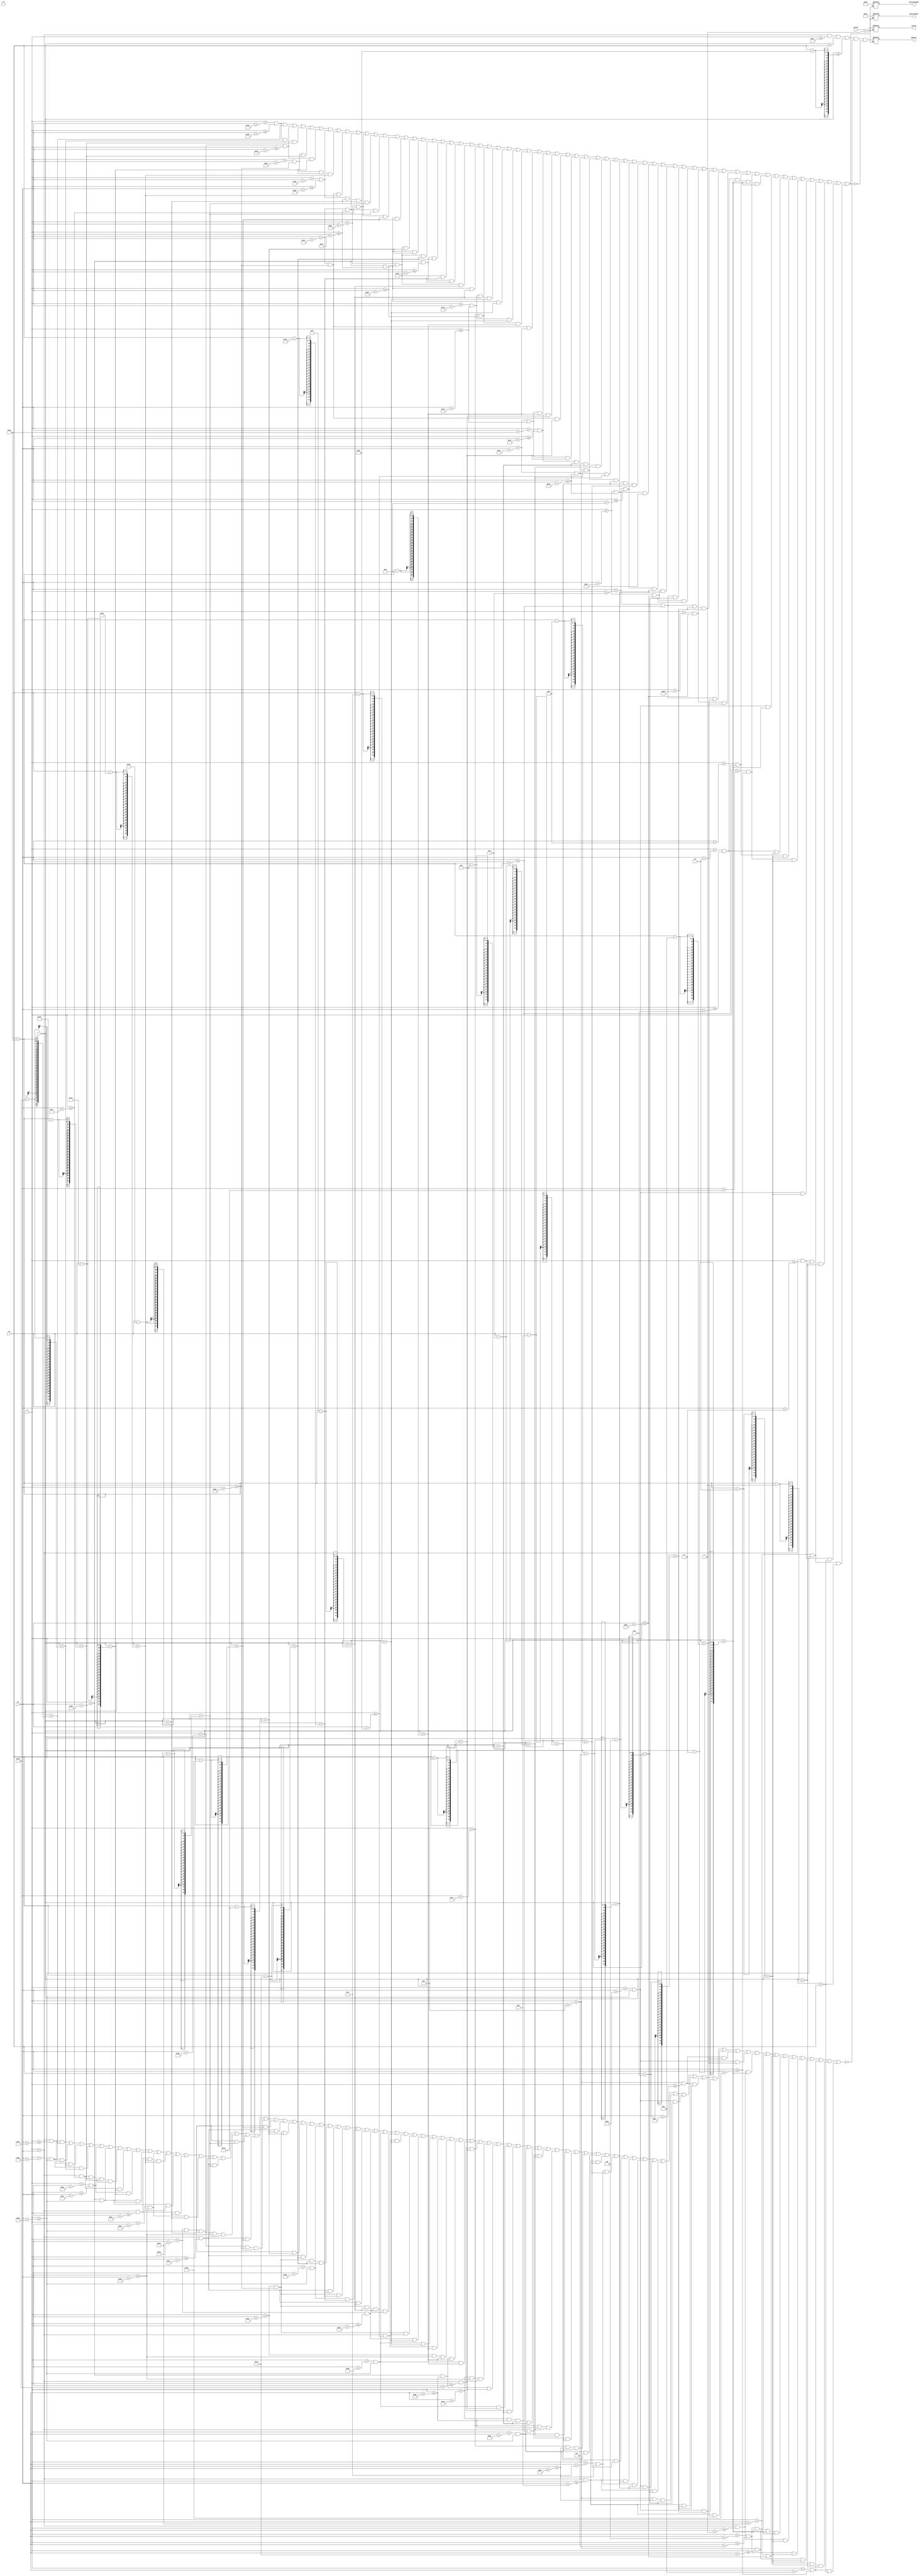
// AutoGenerate.py Version 1.1
// The following content is auto generated by AutoGenerate.py
// Written by Zijian Zhao
// github.com/JackZhao98


//	Selector Summary
//	4'b0001	: Cloud


module drawDecor#(parameter ratio = 1)
	(
	    input  wire        rst,
	    input  wire [10:0] ox,      // Object Origin
	    input  wire [8:0]  oy,
	    input  wire [9:0]  X,        // VGA Scanner
	    input  wire [8:0]  Y,
	    input  wire [3:0]  select,	// Select Pattern
	    output reg  [7:0]  objectWidth,
	    output reg  [6:0]  objectHeight,
	    output reg 	       inWhite,
	    output reg 	       inGrey);
		
localparam px = ratio;


// Auto Generated: Decor/Cloud
localparam CloudWidth = 92 * px;
localparam CloudHeight = 27 * px;
wire inHitBox_Cloud;
wire inGrey_Cloud;
wire inBlank_Cloud;
wire inWhite_Cloud;

assign inHitBox_Cloud = (X > ox) && (X <= CloudWidth * px) && (Y < oy) && (Y >= oy - CloudHeight * px);

assign inBlank_Cloud = 
	   ((X > ox) && (X <= ox + 49 * px) && (Y == oy - 26 * px))
	|| ((X > ox + 58 * px) && (X <= ox + 91 * px) && (Y == oy - 26 * px))
	|| ((X > ox) && (X <= ox + 49 * px) && (Y == oy - 25 * px))
	|| ((X > ox + 58 * px) && (X <= ox + 91 * px) && (Y == oy - 25 * px))
	|| ((X > ox) && (X <= ox + 39 * px) && (Y == oy - 24 * px))
	|| ((X > ox + 52 * px) && (X <= ox + 55 * px) && (Y == oy - 24 * px))
	|| ((X > ox + 62 * px) && (X <= ox + 91 * px) && (Y == oy - 24 * px))
	|| ((X > ox) && (X <= ox + 39 * px) && (Y == oy - 23 * px))
	|| ((X > ox + 52 * px) && (X <= ox + 55 * px) && (Y == oy - 23 * px))
	|| ((X > ox + 62 * px) && (X <= ox + 91 * px) && (Y == oy - 23 * px))
	|| ((X > ox) && (X <= ox + 37 * px) && (Y == oy - 22 * px))
	|| ((X > ox + 42 * px) && (X <= ox + 59 * px) && (Y == oy - 22 * px))
	|| ((X > ox + 62 * px) && (X <= ox + 91 * px) && (Y == oy - 22 * px))
	|| ((X > ox) && (X <= ox + 37 * px) && (Y == oy - 21 * px))
	|| ((X > ox + 42 * px) && (X <= ox + 59 * px) && (Y == oy - 21 * px))
	|| ((X > ox + 64 * px) && (X <= ox + 91 * px) && (Y == oy - 21 * px))
	|| ((X > ox) && (X <= ox + 33 * px) && (Y == oy - 20 * px))
	|| ((X > ox + 40 * px) && (X <= ox + 59 * px) && (Y == oy - 20 * px))
	|| ((X > ox + 64 * px) && (X <= ox + 91 * px) && (Y == oy - 20 * px))
	|| ((X > ox) && (X <= ox + 33 * px) && (Y == oy - 19 * px))
	|| ((X > ox + 40 * px) && (X <= ox + 61 * px) && (Y == oy - 19 * px))
	|| ((X > ox + 64 * px) && (X <= ox + 91 * px) && (Y == oy - 19 * px))
	|| ((X > ox) && (X <= ox + 33 * px) && (Y == oy - 18 * px))
	|| ((X > ox + 36 * px) && (X <= ox + 61 * px) && (Y == oy - 18 * px))
	|| ((X > ox + 64 * px) && (X <= ox + 91 * px) && (Y == oy - 18 * px))
	|| ((X > ox) && (X <= ox + 33 * px) && (Y == oy - 17 * px))
	|| ((X > ox + 36 * px) && (X <= ox + 61 * px) && (Y == oy - 17 * px))
	|| ((X > ox + 70 * px) && (X <= ox + 91 * px) && (Y == oy - 17 * px))
	|| ((X > ox) && (X <= ox + 33 * px) && (Y == oy - 16 * px))
	|| ((X > ox + 36 * px) && (X <= ox + 61 * px) && (Y == oy - 16 * px))
	|| ((X > ox + 70 * px) && (X <= ox + 91 * px) && (Y == oy - 16 * px))
	|| ((X > ox) && (X <= ox + 33 * px) && (Y == oy - 15 * px))
	|| ((X > ox + 36 * px) && (X <= ox + 61 * px) && (Y == oy - 15 * px))
	|| ((X > ox + 64 * px) && (X <= ox + 67 * px) && (Y == oy - 15 * px))
	|| ((X > ox + 80 * px) && (X <= ox + 91 * px) && (Y == oy - 15 * px))
	|| ((X > ox) && (X <= ox + 27 * px) && (Y == oy - 14 * px))
	|| ((X > ox + 36 * px) && (X <= ox + 61 * px) && (Y == oy - 14 * px))
	|| ((X > ox + 64 * px) && (X <= ox + 67 * px) && (Y == oy - 14 * px))
	|| ((X > ox + 80 * px) && (X <= ox + 91 * px) && (Y == oy - 14 * px))
	|| ((X > ox) && (X <= ox + 27 * px) && (Y == oy - 13 * px))
	|| ((X > ox + 36 * px) && (X <= ox + 59 * px) && (Y == oy - 13 * px))
	|| ((X > ox + 62 * px) && (X <= ox + 77 * px) && (Y == oy - 13 * px))
	|| ((X > ox + 80 * px) && (X <= ox + 91 * px) && (Y == oy - 13 * px))
	|| ((X > ox) && (X <= ox + 25 * px) && (Y == oy - 12 * px))
	|| ((X > ox + 30 * px) && (X <= ox + 59 * px) && (Y == oy - 12 * px))
	|| ((X > ox + 62 * px) && (X <= ox + 77 * px) && (Y == oy - 12 * px))
	|| ((X > ox + 80 * px) && (X <= ox + 91 * px) && (Y == oy - 12 * px))
	|| ((X > ox) && (X <= ox + 25 * px) && (Y == oy - 11 * px))
	|| ((X > ox + 30 * px) && (X <= ox + 77 * px) && (Y == oy - 11 * px))
	|| ((X > ox + 86 * px) && (X <= ox + 91 * px) && (Y == oy - 11 * px))
	|| ((X > ox) && (X <= ox + 11 * px) && (Y == oy - 10 * px))
	|| ((X > ox + 28 * px) && (X <= ox + 77 * px) && (Y == oy - 10 * px))
	|| ((X > ox + 86 * px) && (X <= ox + 91 * px) && (Y == oy - 10 * px))
	|| ((X > ox) && (X <= ox + 11 * px) && (Y == oy - 9 * px))
	|| ((X > ox + 28 * px) && (X <= ox + 83 * px) && (Y == oy - 9 * px))
	|| ((X > ox + 86 * px) && (X <= ox + 91 * px) && (Y == oy - 9 * px))
	|| ((X > ox) && (X <= ox + 9 * px) && (Y == oy - 8 * px))
	|| ((X > ox + 14 * px) && (X <= ox + 83 * px) && (Y == oy - 8 * px))
	|| ((X > ox + 86 * px) && (X <= ox + 91 * px) && (Y == oy - 8 * px))
	|| ((X > ox) && (X <= ox + 9 * px) && (Y == oy - 7 * px))
	|| ((X > ox + 14 * px) && (X <= ox + 83 * px) && (Y == oy - 7 * px))
	|| ((X > ox + 90 * px) && (X <= ox + 91 * px) && (Y == oy - 7 * px))
	|| ((X > ox) && (X <= ox + 9 * px) && (Y == oy - 6 * px))
	|| ((X > ox + 12 * px) && (X <= ox + 83 * px) && (Y == oy - 6 * px))
	|| ((X > ox + 90 * px) && (X <= ox + 91 * px) && (Y == oy - 6 * px))
	|| ((X > ox) && (X <= ox + 9 * px) && (Y == oy - 5 * px))
	|| ((X > ox + 12 * px) && (X <= ox + 87 * px) && (Y == oy - 5 * px))
	|| ((X > ox + 90 * px) && (X <= ox + 91 * px) && (Y == oy - 5 * px))
	|| ((X > ox) && (X <= ox + 9 * px) && (Y == oy - 4 * px))
	|| ((X > ox + 12 * px) && (X <= ox + 87 * px) && (Y == oy - 4 * px))
	|| ((X > ox + 90 * px) && (X <= ox + 91 * px) && (Y == oy - 4 * px))
	|| ((X > ox) && (X <= ox + 1 * px) && (Y == oy - 3 * px))
	|| ((X > ox + 6 * px) && (X <= ox + 7 * px) && (Y == oy - 3 * px))
	|| ((X > ox + 12 * px) && (X <= ox + 17 * px) && (Y == oy - 3 * px))
	|| ((X > ox + 20 * px) && (X <= ox + 89 * px) && (Y == oy - 3 * px))
	|| ((X > ox) && (X <= ox + 1 * px) && (Y == oy - 2 * px))
	|| ((X > ox + 6 * px) && (X <= ox + 7 * px) && (Y == oy - 2 * px))
	|| ((X > ox + 12 * px) && (X <= ox + 17 * px) && (Y == oy - 2 * px))
	|| ((X > ox + 20 * px) && (X <= ox + 89 * px) && (Y == oy - 2 * px))
	|| ((X > ox + 4 * px) && (X <= ox + 19 * px) && (Y == oy - 1 * px))
	|| ((X > ox + 4 * px) && (X <= ox + 19 * px) && (Y == oy));
	// Total 162 lines.

assign inGrey_Cloud = 
	   ((X > ox + 50 * px) && (X <= ox + 57 * px) && (Y == oy - 26 * px))
	|| ((X > ox + 50 * px) && (X <= ox + 57 * px) && (Y == oy - 25 * px))
	|| ((X > ox + 40 * px) && (X <= ox + 51 * px) && (Y == oy - 24 * px))
	|| ((X > ox + 56 * px) && (X <= ox + 61 * px) && (Y == oy - 24 * px))
	|| ((X > ox + 40 * px) && (X <= ox + 51 * px) && (Y == oy - 23 * px))
	|| ((X > ox + 56 * px) && (X <= ox + 61 * px) && (Y == oy - 23 * px))
	|| ((X > ox + 38 * px) && (X <= ox + 41 * px) && (Y == oy - 22 * px))
	|| ((X > ox + 60 * px) && (X <= ox + 61 * px) && (Y == oy - 22 * px))
	|| ((X > ox + 38 * px) && (X <= ox + 41 * px) && (Y == oy - 21 * px))
	|| ((X > ox + 60 * px) && (X <= ox + 63 * px) && (Y == oy - 21 * px))
	|| ((X > ox + 34 * px) && (X <= ox + 39 * px) && (Y == oy - 20 * px))
	|| ((X > ox + 60 * px) && (X <= ox + 63 * px) && (Y == oy - 20 * px))
	|| ((X > ox + 34 * px) && (X <= ox + 39 * px) && (Y == oy - 19 * px))
	|| ((X > ox + 62 * px) && (X <= ox + 63 * px) && (Y == oy - 19 * px))
	|| ((X > ox + 34 * px) && (X <= ox + 35 * px) && (Y == oy - 18 * px))
	|| ((X > ox + 62 * px) && (X <= ox + 63 * px) && (Y == oy - 18 * px))
	|| ((X > ox + 34 * px) && (X <= ox + 35 * px) && (Y == oy - 17 * px))
	|| ((X > ox + 62 * px) && (X <= ox + 69 * px) && (Y == oy - 17 * px))
	|| ((X > ox + 34 * px) && (X <= ox + 35 * px) && (Y == oy - 16 * px))
	|| ((X > ox + 62 * px) && (X <= ox + 69 * px) && (Y == oy - 16 * px))
	|| ((X > ox + 34 * px) && (X <= ox + 35 * px) && (Y == oy - 15 * px))
	|| ((X > ox + 62 * px) && (X <= ox + 63 * px) && (Y == oy - 15 * px))
	|| ((X > ox + 68 * px) && (X <= ox + 79 * px) && (Y == oy - 15 * px))
	|| ((X > ox + 28 * px) && (X <= ox + 35 * px) && (Y == oy - 14 * px))
	|| ((X > ox + 62 * px) && (X <= ox + 63 * px) && (Y == oy - 14 * px))
	|| ((X > ox + 68 * px) && (X <= ox + 79 * px) && (Y == oy - 14 * px))
	|| ((X > ox + 28 * px) && (X <= ox + 35 * px) && (Y == oy - 13 * px))
	|| ((X > ox + 60 * px) && (X <= ox + 61 * px) && (Y == oy - 13 * px))
	|| ((X > ox + 78 * px) && (X <= ox + 79 * px) && (Y == oy - 13 * px))
	|| ((X > ox + 26 * px) && (X <= ox + 29 * px) && (Y == oy - 12 * px))
	|| ((X > ox + 60 * px) && (X <= ox + 61 * px) && (Y == oy - 12 * px))
	|| ((X > ox + 78 * px) && (X <= ox + 79 * px) && (Y == oy - 12 * px))
	|| ((X > ox + 26 * px) && (X <= ox + 29 * px) && (Y == oy - 11 * px))
	|| ((X > ox + 78 * px) && (X <= ox + 85 * px) && (Y == oy - 11 * px))
	|| ((X > ox + 12 * px) && (X <= ox + 27 * px) && (Y == oy - 10 * px))
	|| ((X > ox + 78 * px) && (X <= ox + 85 * px) && (Y == oy - 10 * px))
	|| ((X > ox + 12 * px) && (X <= ox + 27 * px) && (Y == oy - 9 * px))
	|| ((X > ox + 84 * px) && (X <= ox + 85 * px) && (Y == oy - 9 * px))
	|| ((X > ox + 10 * px) && (X <= ox + 13 * px) && (Y == oy - 8 * px))
	|| ((X > ox + 84 * px) && (X <= ox + 85 * px) && (Y == oy - 8 * px))
	|| ((X > ox + 10 * px) && (X <= ox + 13 * px) && (Y == oy - 7 * px))
	|| ((X > ox + 84 * px) && (X <= ox + 89 * px) && (Y == oy - 7 * px))
	|| ((X > ox + 10 * px) && (X <= ox + 11 * px) && (Y == oy - 6 * px))
	|| ((X > ox + 84 * px) && (X <= ox + 89 * px) && (Y == oy - 6 * px))
	|| ((X > ox + 10 * px) && (X <= ox + 11 * px) && (Y == oy - 5 * px))
	|| ((X > ox + 88 * px) && (X <= ox + 89 * px) && (Y == oy - 5 * px))
	|| ((X > ox + 10 * px) && (X <= ox + 11 * px) && (Y == oy - 4 * px))
	|| ((X > ox + 88 * px) && (X <= ox + 89 * px) && (Y == oy - 4 * px))
	|| ((X > ox + 2 * px) && (X <= ox + 5 * px) && (Y == oy - 3 * px))
	|| ((X > ox + 8 * px) && (X <= ox + 11 * px) && (Y == oy - 3 * px))
	|| ((X > ox + 18 * px) && (X <= ox + 19 * px) && (Y == oy - 3 * px))
	|| ((X > ox + 90 * px) && (X <= ox + 91 * px) && (Y == oy - 3 * px))
	|| ((X > ox + 2 * px) && (X <= ox + 5 * px) && (Y == oy - 2 * px))
	|| ((X > ox + 8 * px) && (X <= ox + 11 * px) && (Y == oy - 2 * px))
	|| ((X > ox + 18 * px) && (X <= ox + 19 * px) && (Y == oy - 2 * px))
	|| ((X > ox + 90 * px) && (X <= ox + 91 * px) && (Y == oy - 2 * px))
	|| ((X > ox) && (X <= ox + 3 * px) && (Y == oy - 1 * px))
	|| ((X > ox + 20 * px) && (X <= ox + 91 * px) && (Y == oy - 1 * px))
	|| ((X > ox) && (X <= ox + 3 * px) && (Y == oy))
	|| ((X > ox + 20 * px) && (X <= ox + 91 * px) && (Y == oy));
	// Total 120 lines.

assign inWhite_Cloud = inHitBox_Cloud & ~inBlank_Cloud & ~inGrey_Cloud;

// End of Auto Generate: Decor/Cloud


always @(*) begin

case(select)

4'b0001: begin	// Case: Cloud
	inWhite <= inWhite_Cloud;
	inGrey <= inGrey_Cloud;
	objectWidth <= CloudWidth;
	objectHeight <= CloudHeight;
end // end of case


endcase

end	// end of always @(*)

endmodule // end of Decor

// Auto generate complete.
// Direct modification of this file may cause unexpected issues.
// Copyright  2020 Zijian Zhao. All rights reserved.